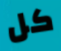
كل